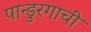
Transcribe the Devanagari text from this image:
पान्डुरगाची